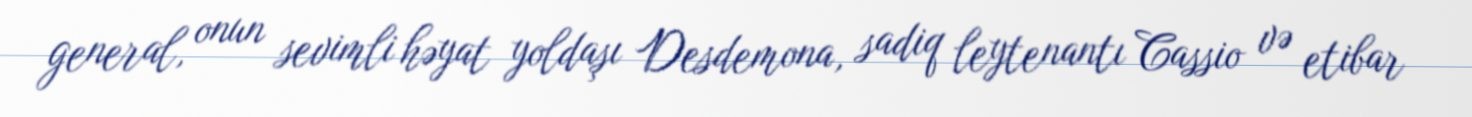
general, onun sevimli həyat yoldaşı Desdemona, sadiq leytenantı Cassio və etibar